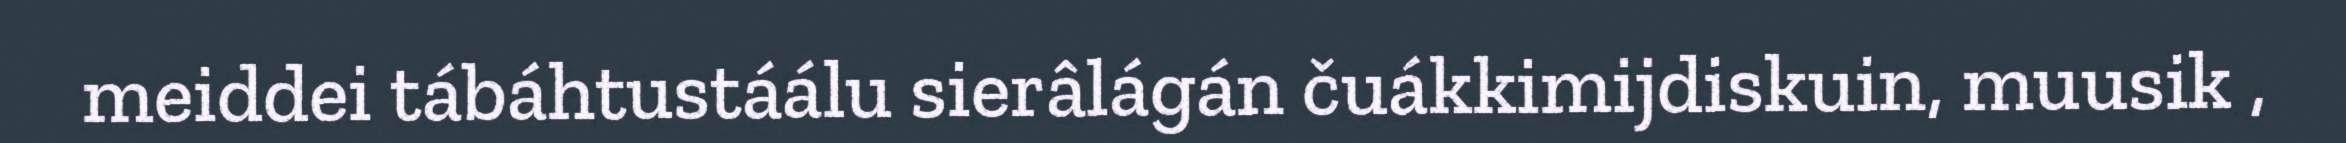
meiddei tábáhtustáálu sierâlágán čuákkimijdiskuin, muusik ,